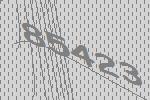
85423